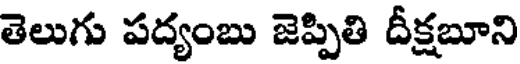
తెలుగు పద్యంబు జెప్పితి దీక్షబూని